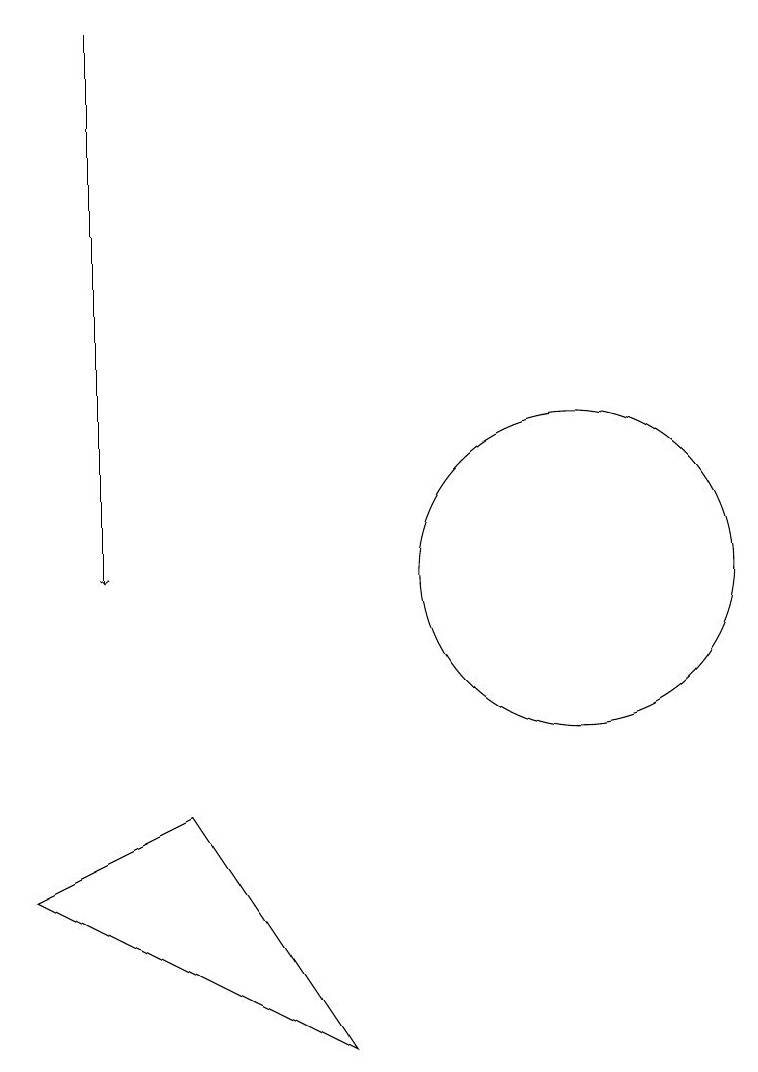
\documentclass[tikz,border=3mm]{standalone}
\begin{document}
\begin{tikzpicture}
\draw[->] (5,18) -- (5,11);
\draw (8,5) -- (6,8) -- (4,7) -- cycle;
\draw (11,11) circle (2);
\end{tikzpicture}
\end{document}